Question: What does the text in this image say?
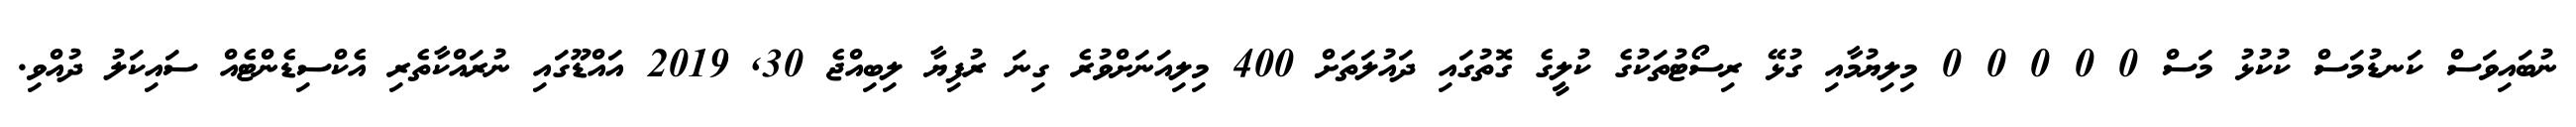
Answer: ނުބައިވަސް ކަނޑުމަސް ކުކުޅު މަސް 0 0 0 0 0 މިލިޔުމާއި ގުޅޭ ރިސޯޓުތަކުގެ ކުލީގެ ގޮތުގައި ދައުލަތަށް 400 މިލިއަނަށްވުރެ ގިނަ ރުފިޔާ ލިބިއްޖެ 30, 2019 އައްޑޫގައި ނުރައްކާތެރި އެކްސިޑެންޓެއް ސައިކަލު ދުއްވި.